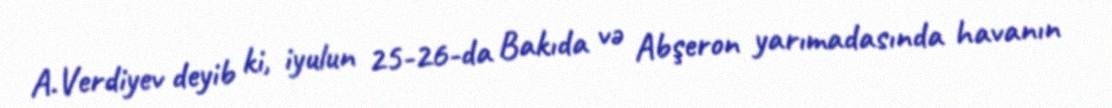
A.Verdiyev deyib ki, iyulun 25-26-da Bakıda və Abşeron yarımadasında havanın